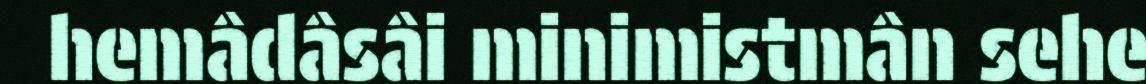
hemâdâsâi minimistmân sehe